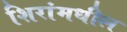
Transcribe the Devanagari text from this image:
शिरांमधील